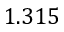
1 . 3 1 5